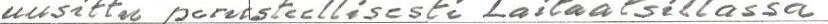
uusittu perusteellisesti Laitaatsillassa